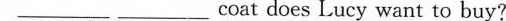
___ ___coat does Lucy want to buy?